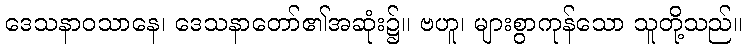
ဒေသနာဝသာနေ၊ ဒေသနာတော်၏အဆုံး၌။ ဗဟူ၊ များစွာကုန်သော သူတို့သည်။